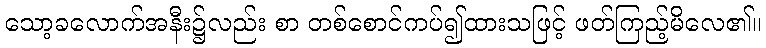
သော့ခလောက်အနီး၌လည်း စာ တစ်စောင်ကပ်၍ထားသဖြင့် ဖတ်ကြည့်မိလေ၏။